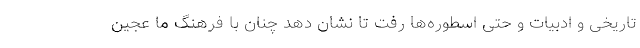
تاریخی و ادبیات و حتی اسطوره‌ها رفت تا نشان دهد چنان با فرهنگ ما عجین